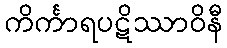
ကိင်္ကာရပဋိဿာဝိနီ